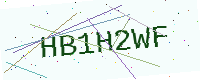
Text: HB1H2WF